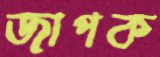
জাপক